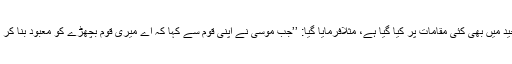
بچھڑے کی پوجا کا ذکر قرآن مجید میں بھی کئی مقامات پر کیا گیا ہے، مثلاًفرمایا گیا: ’’جب موسیٰؑ نے اپنی قوم سے کہا کہ اے میری قوم بچھڑے کو معبود بنا کر تم نے اپنی جانوں پر ظلم کیا ہے۔